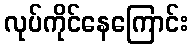
လုပ်ကိုင်နေကြောင်း